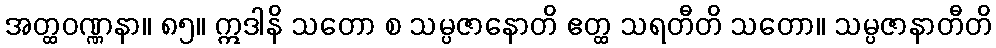
အတ္ထဝဏ္ဏနာ။ ၈၅။ ဣဒါနိ သတော စ သမ္ပဇာနောတိ ဧတ္ထ သရတီတိ သတော။ သမ္ပဇာနာတီတိ